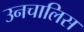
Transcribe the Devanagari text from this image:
उनचालिस